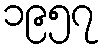
၁၉၅၇